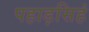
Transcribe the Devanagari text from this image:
पहाड़सिहं